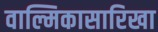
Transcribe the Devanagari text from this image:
वाल्मिकासारिखा